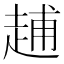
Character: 𧻷